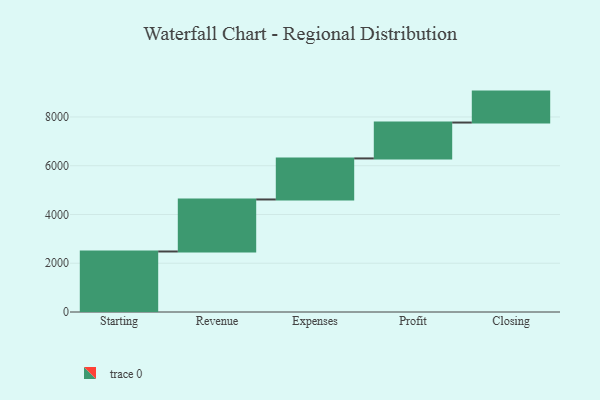
{"axis": {"x": "Step", "y": "Value"}, "legend": [""], "data": [{"x": "Starting", "y": 2482.0, "type": ""}, {"x": "Revenue", "y": 2134.0, "type": ""}, {"x": "Expenses", "y": 1684.0, "type": ""}, {"x": "Profit", "y": 1472.0, "type": ""}, {"x": "Closing", "y": 1269.0, "type": ""}]}